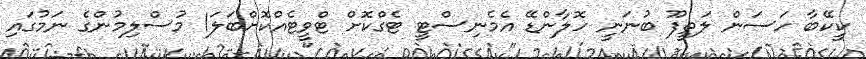
ކީކޭބާ ހަސަން ލަތީފޫ ބުނަނީ ހޮލާންޑޭ އެމެނިސްޓީ ޓެގްކޮށް ޓްވީޓެއްކޮށްބަލަ1 މުސްލިމުންގެ ނަމުގައި